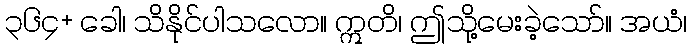
၃၆၄+ ခေါ၊ သိနိုင်ပါသလော။ ဣတိ၊ ဤသို့မေးခဲ့သော်။ အယံ၊